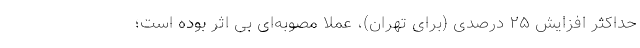
حداکثر افزایش ۲۵ درصدی (برای تهران)، عملاً مصوبه‌ای بی اثر بوده است؛